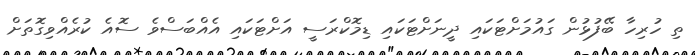
ތި ހުރިހާ ބޭފުޅުން ގައުމަށްޓަކައި ދީނަށްޓަކައި ޑިމޮކްރަސީ އަށްޓަކައި އެއްބަސްވެ ސޮއެ ކުރެއްވިގޮތަށް